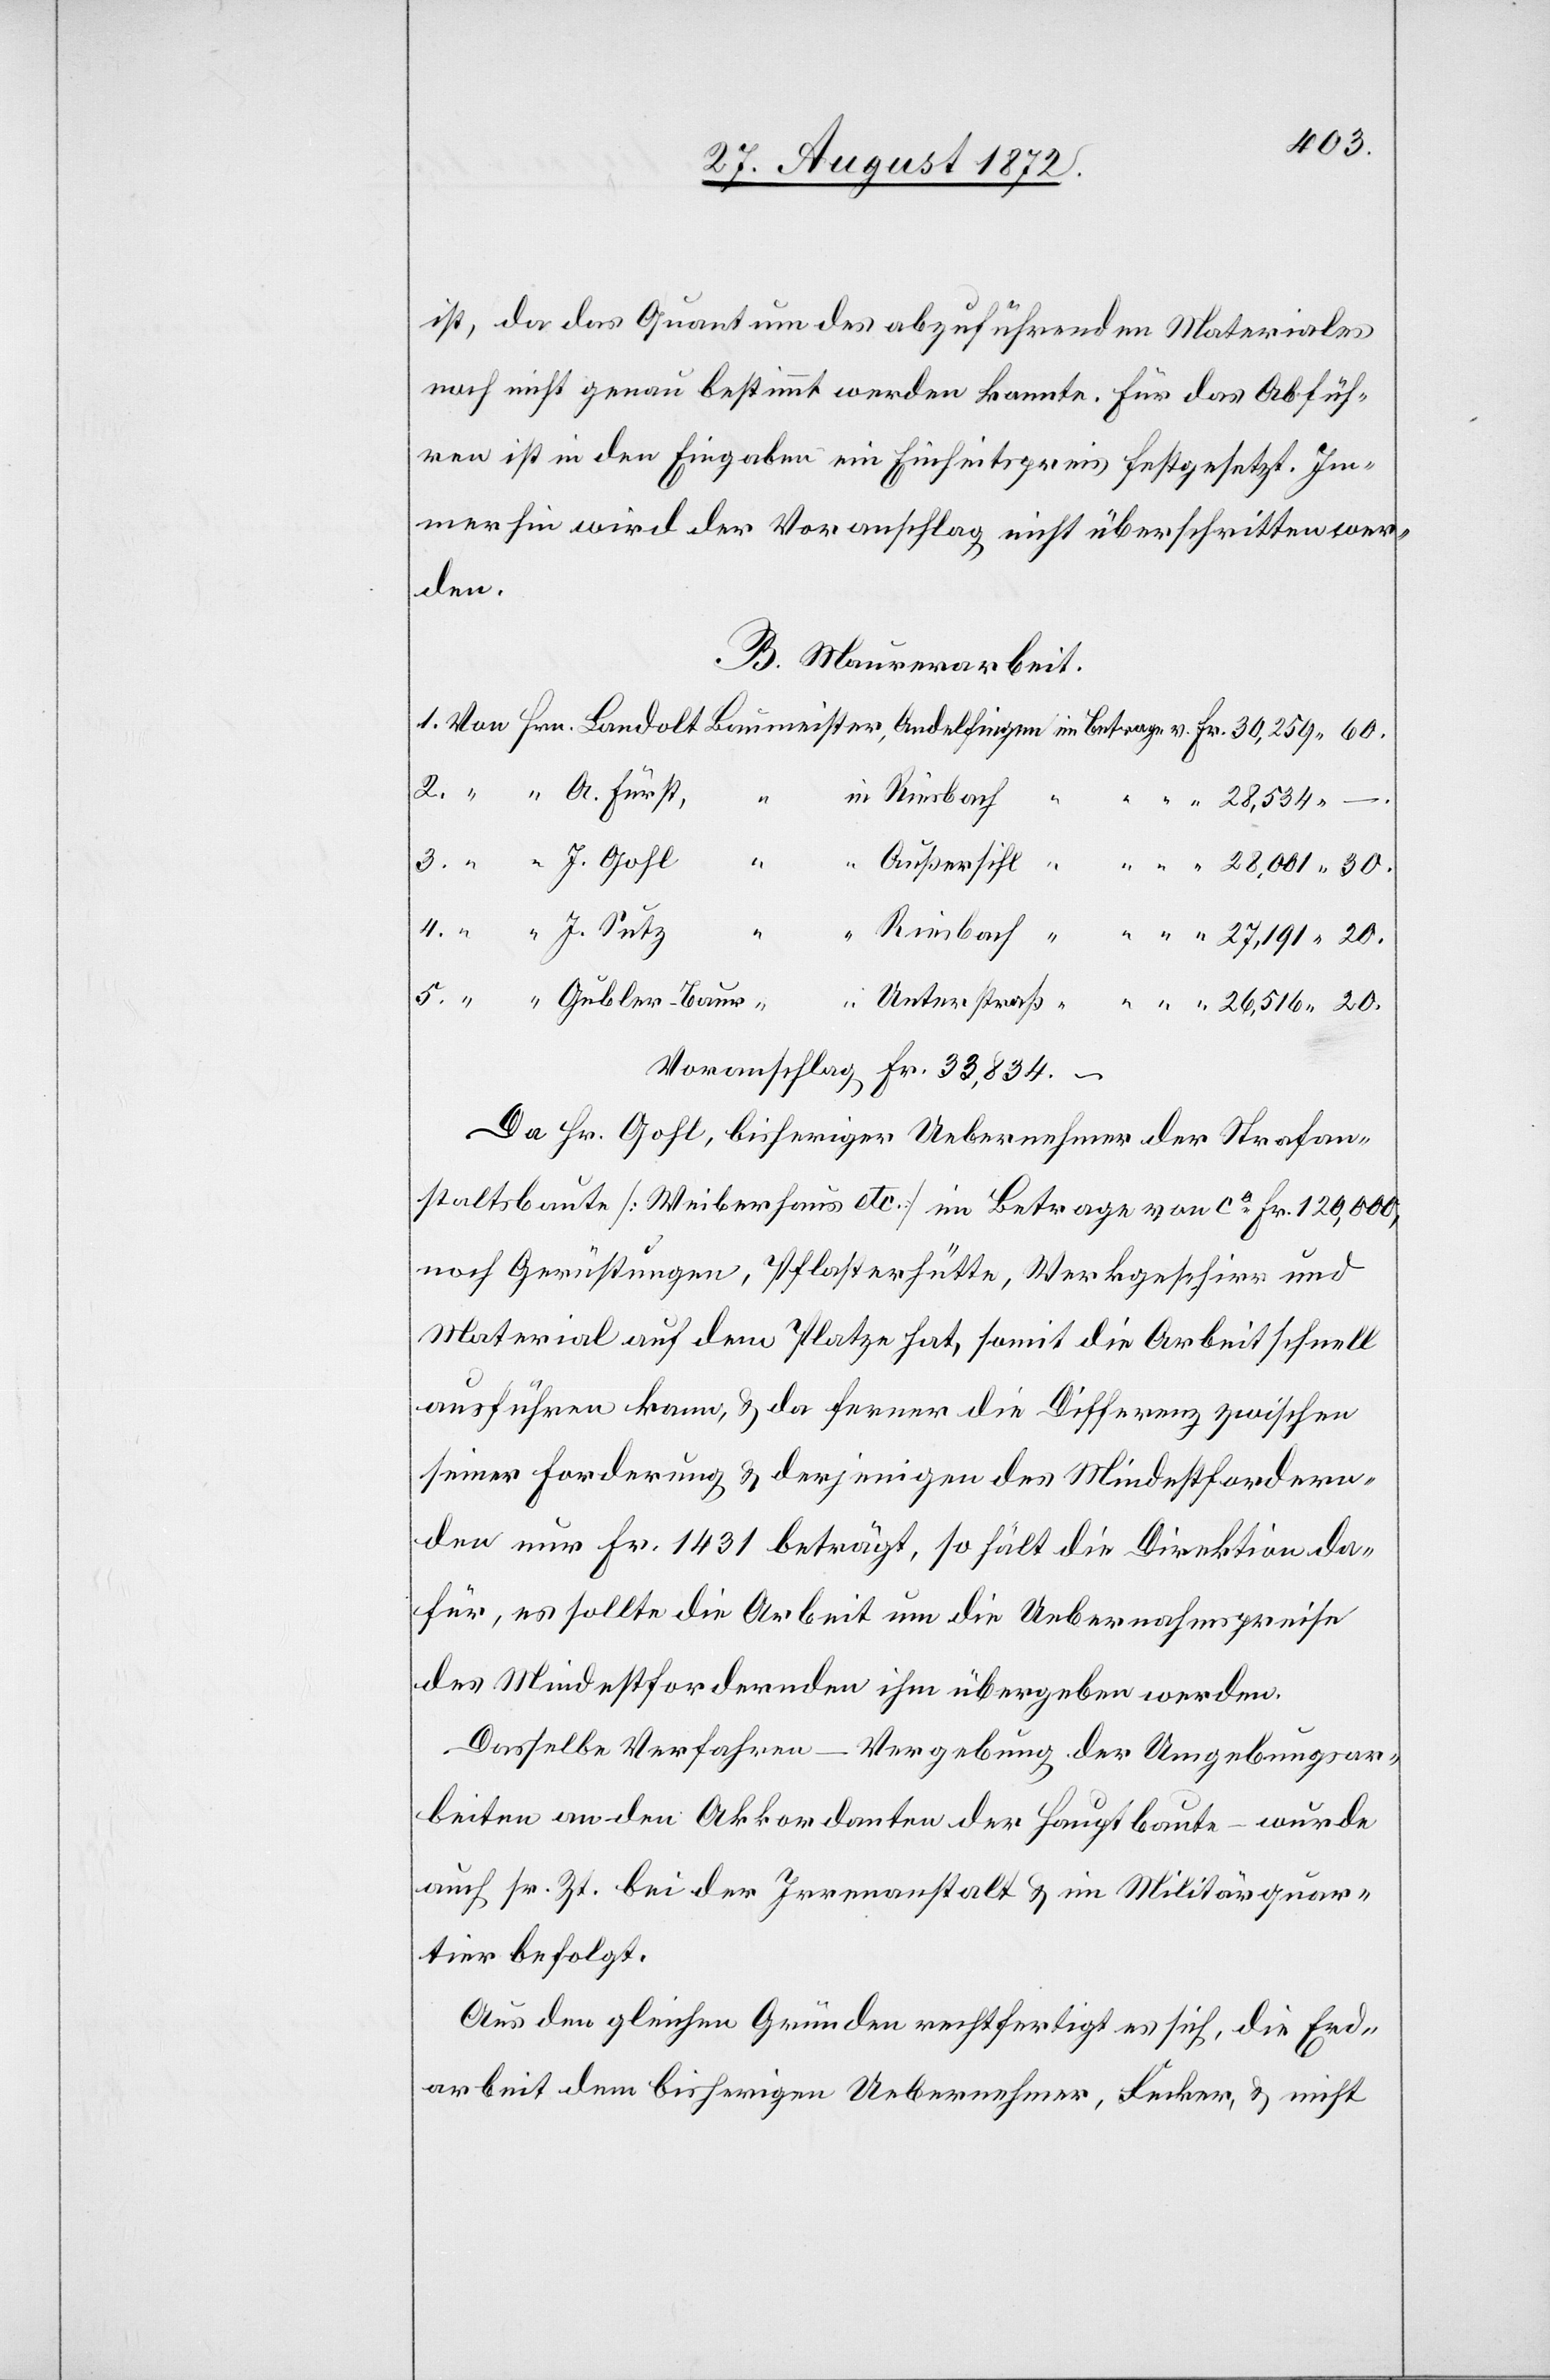
ist, da das Quantum des abzuführenden Materiales
noch nicht genau bestimmt werden konnte. Für das Abfüh¬
ren ist in den Eingaben ein Einheitspreis festgesetzt. Im¬
merhin wird der Voranschlag nicht überschritten wer¬
den.
B. Maurerarbeit.
20.
Voranschlag Fr. 33,834.–
Da Hr. Gohl, bisheriger Uebernehmer der Strafan¬
staltsbaute [Weiberhaus etc.] im Betrage von ca Fr. 120,000,
noch Gerüstungen, Pflasterhütte, Werkgeschirr und
Material auf dem Platze hat, somit die Arbeit schnell
ausführen kann, u. da ferner die Differenz zwischen
seiner Forderung u. derjenigen des Mindestfordern¬
den nur Fr. 1431 beträgt, so hält die Direktion da¬
für, es sollte die Arbeit um die Uebernahmspreise
des Mindestfordernden ihm übergeben werden.
Dasselbe Verfahren – Vergebung der Umgebungsar¬
beiten an den Akkordanten der Hauptbaute – wurde
auf sr. Zt. bei der Irrenanstalt u. im Militärquar¬
tier befolgt.
Aus den gleichen Gründen rechtfertigt es sich, die Erd¬
arbeit dem bisherigen Uebernehmer, Fecker, u. nicht